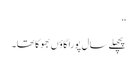
‘‘
پچھلے سال پورا گاؤں بھوکا تھا۔